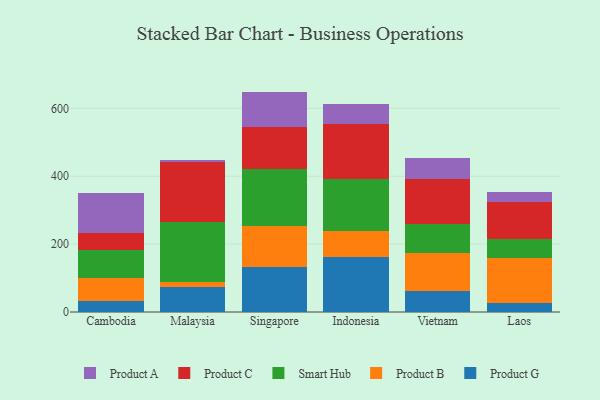
{"axis": {"x": "Country", "y": "Churn Rate (%)"}, "legend": ["Product A", "Product B", "Product C", "Product G", "Smart Hub"], "data": [{"x": "Cambodia", "y": 33.6, "type": "Product G"}, {"x": "Cambodia", "y": 66.7, "type": "Product B"}, {"x": "Cambodia", "y": 83.6, "type": "Smart Hub"}, {"x": "Cambodia", "y": 49.5, "type": "Product C"}, {"x": "Cambodia", "y": 116.0, "type": "Product A"}, {"x": "Malaysia", "y": 72.5, "type": "Product G"}, {"x": "Malaysia", "y": 15.3, "type": "Product B"}, {"x": "Malaysia", "y": 176.3, "type": "Smart Hub"}, {"x": "Malaysia", "y": 177.6, "type": "Product C"}, {"x": "Malaysia", "y": 5.5, "type": "Product A"}, {"x": "Singapore", "y": 131.7, "type": "Product G"}, {"x": "Singapore", "y": 122.5, "type": "Product B"}, {"x": "Singapore", "y": 167.4, "type": "Smart Hub"}, {"x": "Singapore", "y": 124.6, "type": "Product C"}, {"x": "Singapore", "y": 103.1, "type": "Product A"}, {"x": "Indonesia", "y": 163.0, "type": "Product G"}, {"x": "Indonesia", "y": 76.1, "type": "Product B"}, {"x": "Indonesia", "y": 152.2, "type": "Smart Hub"}, {"x": "Indonesia", "y": 163.4, "type": "Product C"}, {"x": "Indonesia", "y": 58.2, "type": "Product A"}, {"x": "Vietnam", "y": 60.9, "type": "Product G"}, {"x": "Vietnam", "y": 112.0, "type": "Product B"}, {"x": "Vietnam", "y": 86.0, "type": "Smart Hub"}, {"x": "Vietnam", "y": 132.2, "type": "Product C"}, {"x": "Vietnam", "y": 62.0, "type": "Product A"}, {"x": "Laos", "y": 27.3, "type": "Product G"}, {"x": "Laos", "y": 130.9, "type": "Product B"}, {"x": "Laos", "y": 55.5, "type": "Smart Hub"}, {"x": "Laos", "y": 111.8, "type": "Product C"}, {"x": "Laos", "y": 27.6, "type": "Product A"}]}